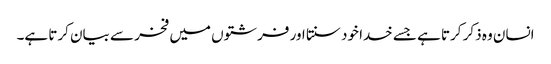
انسان وہ ذکر کرتا ہے جسے خدا خود سنتا اور فرشتوں میں فخر سے بیان کرتا ہے۔